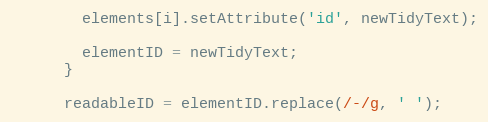
Language: JavaScript
        elements[i].setAttribute('id', newTidyText);

        elementID = newTidyText;
      }

      readableID = elementID.replace(/-/g, ' ');